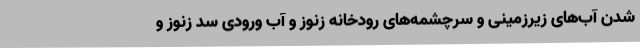
شدن آب‌های زیرزمینی و سرچشمه‌های رودخانه زنوز و آب ورودی سد زنوز و